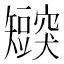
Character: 𬑸